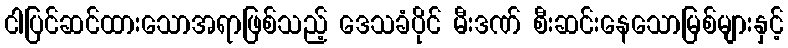
ငါပြင်ဆင်ထားသောအရာဖြစ်သည့် ဒေသခံပိုင် မီးဒဏ် စီးဆင်းနေသောမြစ်များနှင့်